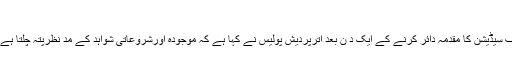
فوٹو،ٹوئٹر: @SyedAzhars
نئی دہلی: علی گڑھ مسلم یونیورسٹی طلبا کے خلاف سیڈیشن کا مقدمہ دائر کرنے کے ایک د ن بعد اترپردیش پولیس نے کہا ہے کہ موجودہ اورشروعاتی شواہد کے مد نظرپتہ چلتا ہے کہ اس میں سیڈیشن کا کوئی معاملہ نہیں بنتا ہے۔